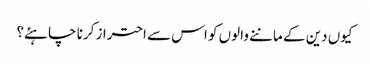
کیوں دین کے ماننے والوں کو اس سے احتراز کرنا چاہئے؟